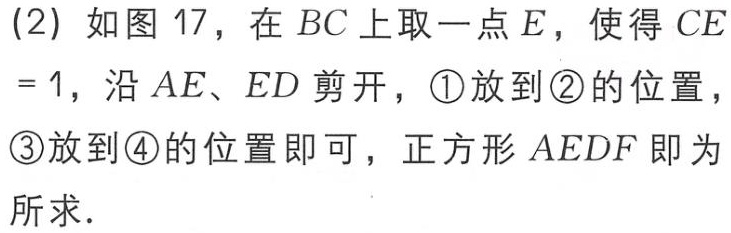
(2) 如图 17，在 \(BC\) 上取一点 \(E\)，使得 \(CE = 1\)，沿 \(AE\)、\(ED\) 剪开，\textcircled{1}放到\textcircled{2}的位置，\textcircled{3}放到\textcircled{4}的位置即可，正方形 \(AEDF\) 即为所求．